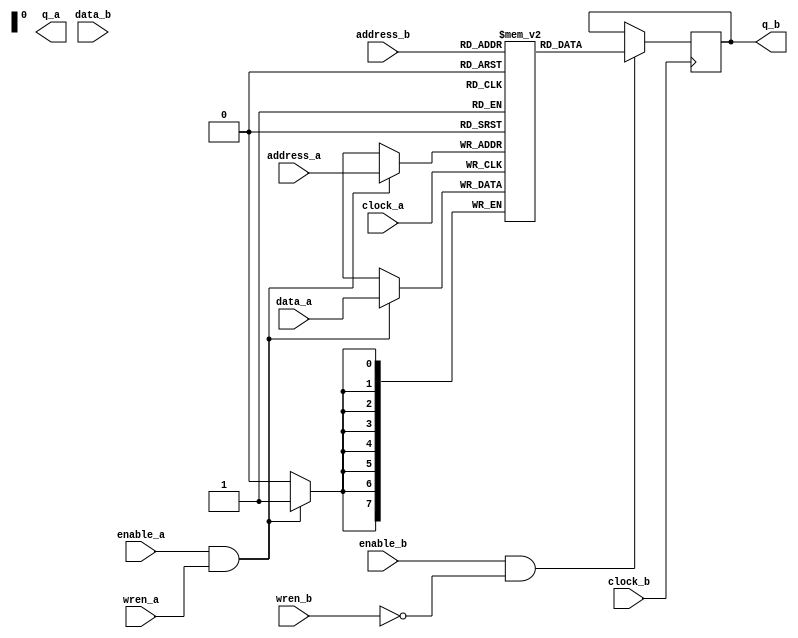
module FIFO_DP_RAM_256X8_COLLAR (
   address_a,
   address_b,
   clock_a  ,
   clock_b  ,
   data_a   ,
   data_b   ,
   enable_a ,
   enable_b ,
   wren_a   ,
   wren_b   ,
   q_a      ,
   q_b      ,
);

parameter  D_W = 8;
parameter  A_W = 8;


input  [A_W-1:0] address_a;
input  [A_W-1:0] address_b;
input            clock_a;
input            clock_b;
input  [D_W-1:0] data_a;
input  [D_W-1:0] data_b;
input            enable_a;
input            enable_b;
input            wren_a;
input            wren_b;
output [D_W-1:0] q_a;
output reg [D_W-1:0] q_b;

reg [D_W-1:0] mem [2**A_W-1:0];

always @ ( posedge clock_a )
  begin
    if ( enable_a & wren_a )
      mem[address_a] <= data_a;
  end

always @ ( posedge clock_b )
  begin
    if ( enable_b & ( ~wren_b) )
      q_b <= mem[address_b];
  end


endmodule